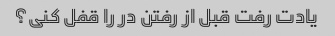
یادت رفت قبل از رفتن در را قفل کنی؟